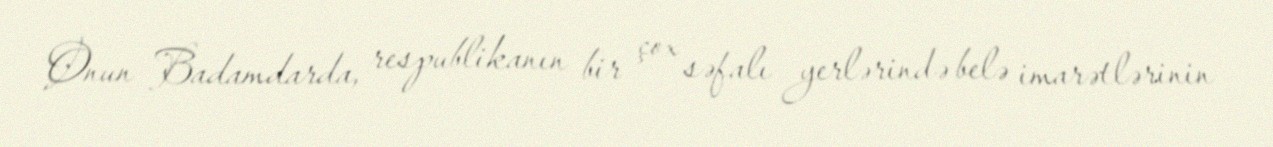
Onun Badamdarda, respublikanın bir çox səfalı yerlərində belə imarətlərinin